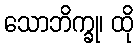
သောဘိက္ခု၊ ထို